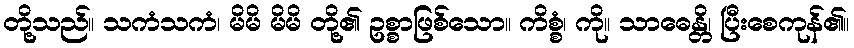
တို့သည်။ သကံသကံ၊ မိမိ မိမိ တို့၏ ဥစ္စာဖြစ်သော။ ကိစ္စံ၊ ကို။ သာဓေန္တိ၊ ပြီးစေကုန်၏။